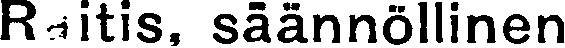
Raitis, säännöllinen